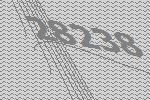
28238